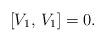
LaTeX: \begin{align*} [V_1, \, V_1] = 0.\end{align*}